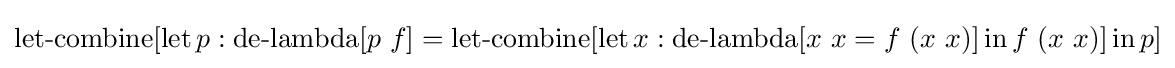
\operatorname {let-combine} [\operatorname {let} p:\operatorname {de-lambda} [p\ f]=\operatorname {let-combine} [\operatorname {let} x:\operatorname {de-lambda} [x\ x=f\ (x\ x)]\operatorname {in} f\ (x\ x)]\operatorname {in} p]